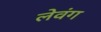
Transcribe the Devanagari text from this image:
लेवंग